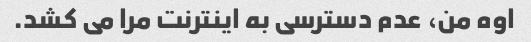
اوه من، عدم دسترسی به اینترنت مرا می کشد.